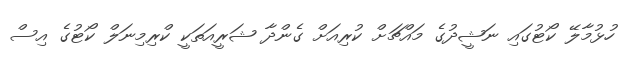
ހުޅުމާލޭ ކޯޓުގައި ނަޝީދުގެ މައްޗަށް ކުރިއަށް ގެންދާ ޝަރީއަތަކީ ކްރިމިނަލް ކޯޓުގެ އިސް